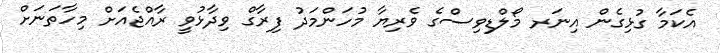
އެކަމާ ގުޅިގެން އިނަރ މޯލްޑިވިސްގެ ވެރިޔާ މުހަންމަދު ފިރާގް ވިދާޅުވީ ރާއްޖެއަށް މިހާތަނަށް